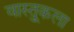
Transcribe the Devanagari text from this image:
वास्तु्कला